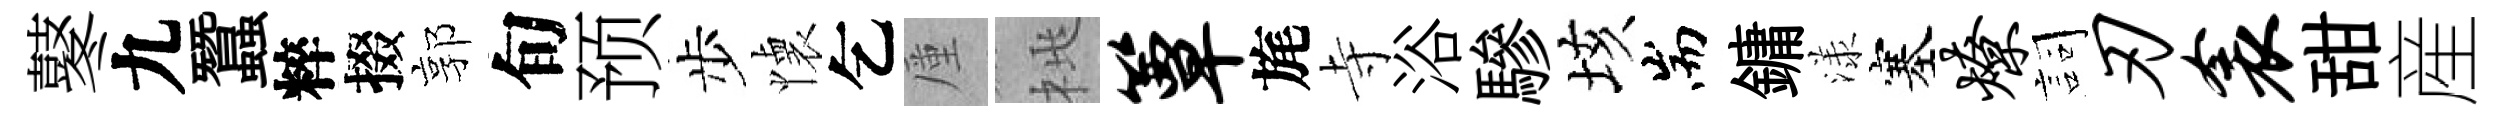
鼕九蠶粹掇郭旬预步懐乞厪桃簟旄寺浴驂垓耑鏞漾塞燎詞刃衾甜産